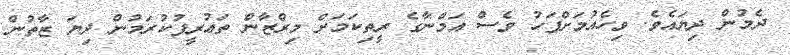
ދެމުން ދިޔައެވެ. ވިހެއުމަށްފަހު ވެސް އަމްނާގެ ރީތިކަމަށް މިރްޒާން ތަޢުރީފުކުރަމުން ދިޔަ ޒާތުން